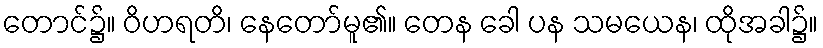
တောင်၌။ ဝိဟရတိ၊ နေတော်မူ၏။ တေန ခေါ ပန သမယေန၊ ထိုအခါ၌။